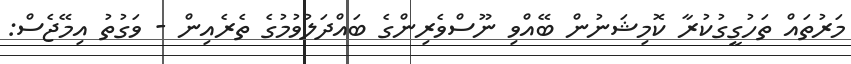
މަރުތައް ތަހުގީގުކުރާ ކޮމިޝަނުން ބޭއްވި ނޫސްވެރިންގެ ބައްދަލުވުމުގެ ތެރެއިން - ވަގުތު އިމޭޖެސް: